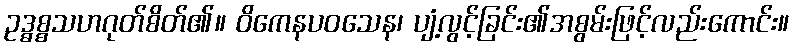
ဥဒ္ဓစ္စသဟဂုတ်စိတ်၏။ ဝိကေနပဝသေန၊ ပျံ့လွင့်ခြင်း၏အစွမ်းဖြင့်လည်းကောင်း။